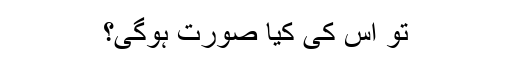
تو اس کی کیا صورت ہوگی؟